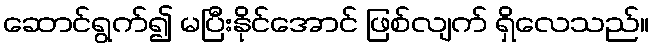
ဆောင်ရွက်၍ မပြီးနိုင်အောင် ဖြစ်လျက် ရှိလေသည်။